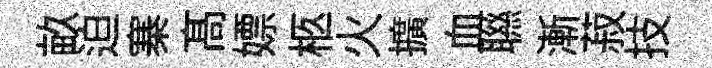
畝迫寨髙嫖柩火擴血聮漸菽技